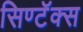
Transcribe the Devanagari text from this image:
सिण्टॅक्स